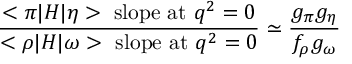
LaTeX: { \frac { < \pi | H | \eta > \ \mathrm { s l o p e \ a t } \ q ^ { 2 } = 0 } { < \rho | H | \omega > \ \mathrm { s l o p e \ a t } \ q ^ { 2 } = 0 } } \simeq { \frac { g _ { \pi } g _ { \eta } } { f _ { \rho } g _ { \omega } } }